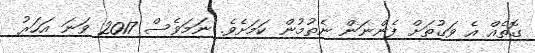
ގޮތެއް އެ ވަގުތަށް ފެންނަން ނެތުމުން ކަމަށެވެ. ނަމަވެސް 2017 ވަނަ އަހަރު